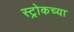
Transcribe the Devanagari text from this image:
स्ट्रोकच्या